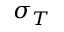
\sigma _ { T }